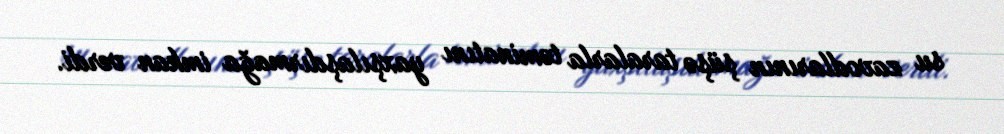
su zavodlarının şüşə taralarla təminatını yaxşılaşdırmağa imkan verdi.